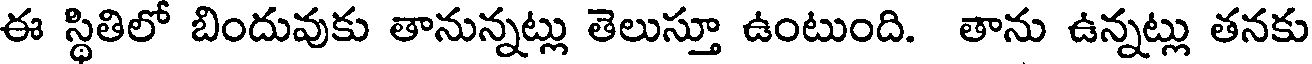
ఈ స్థితిలో బిందువుకు తానున్నట్లు తెలుస్తూ ఉంటుంది. తాను ఉన్నట్లు తనకు